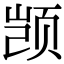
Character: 𫖮